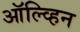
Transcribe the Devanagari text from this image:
ऑल्व्हिन